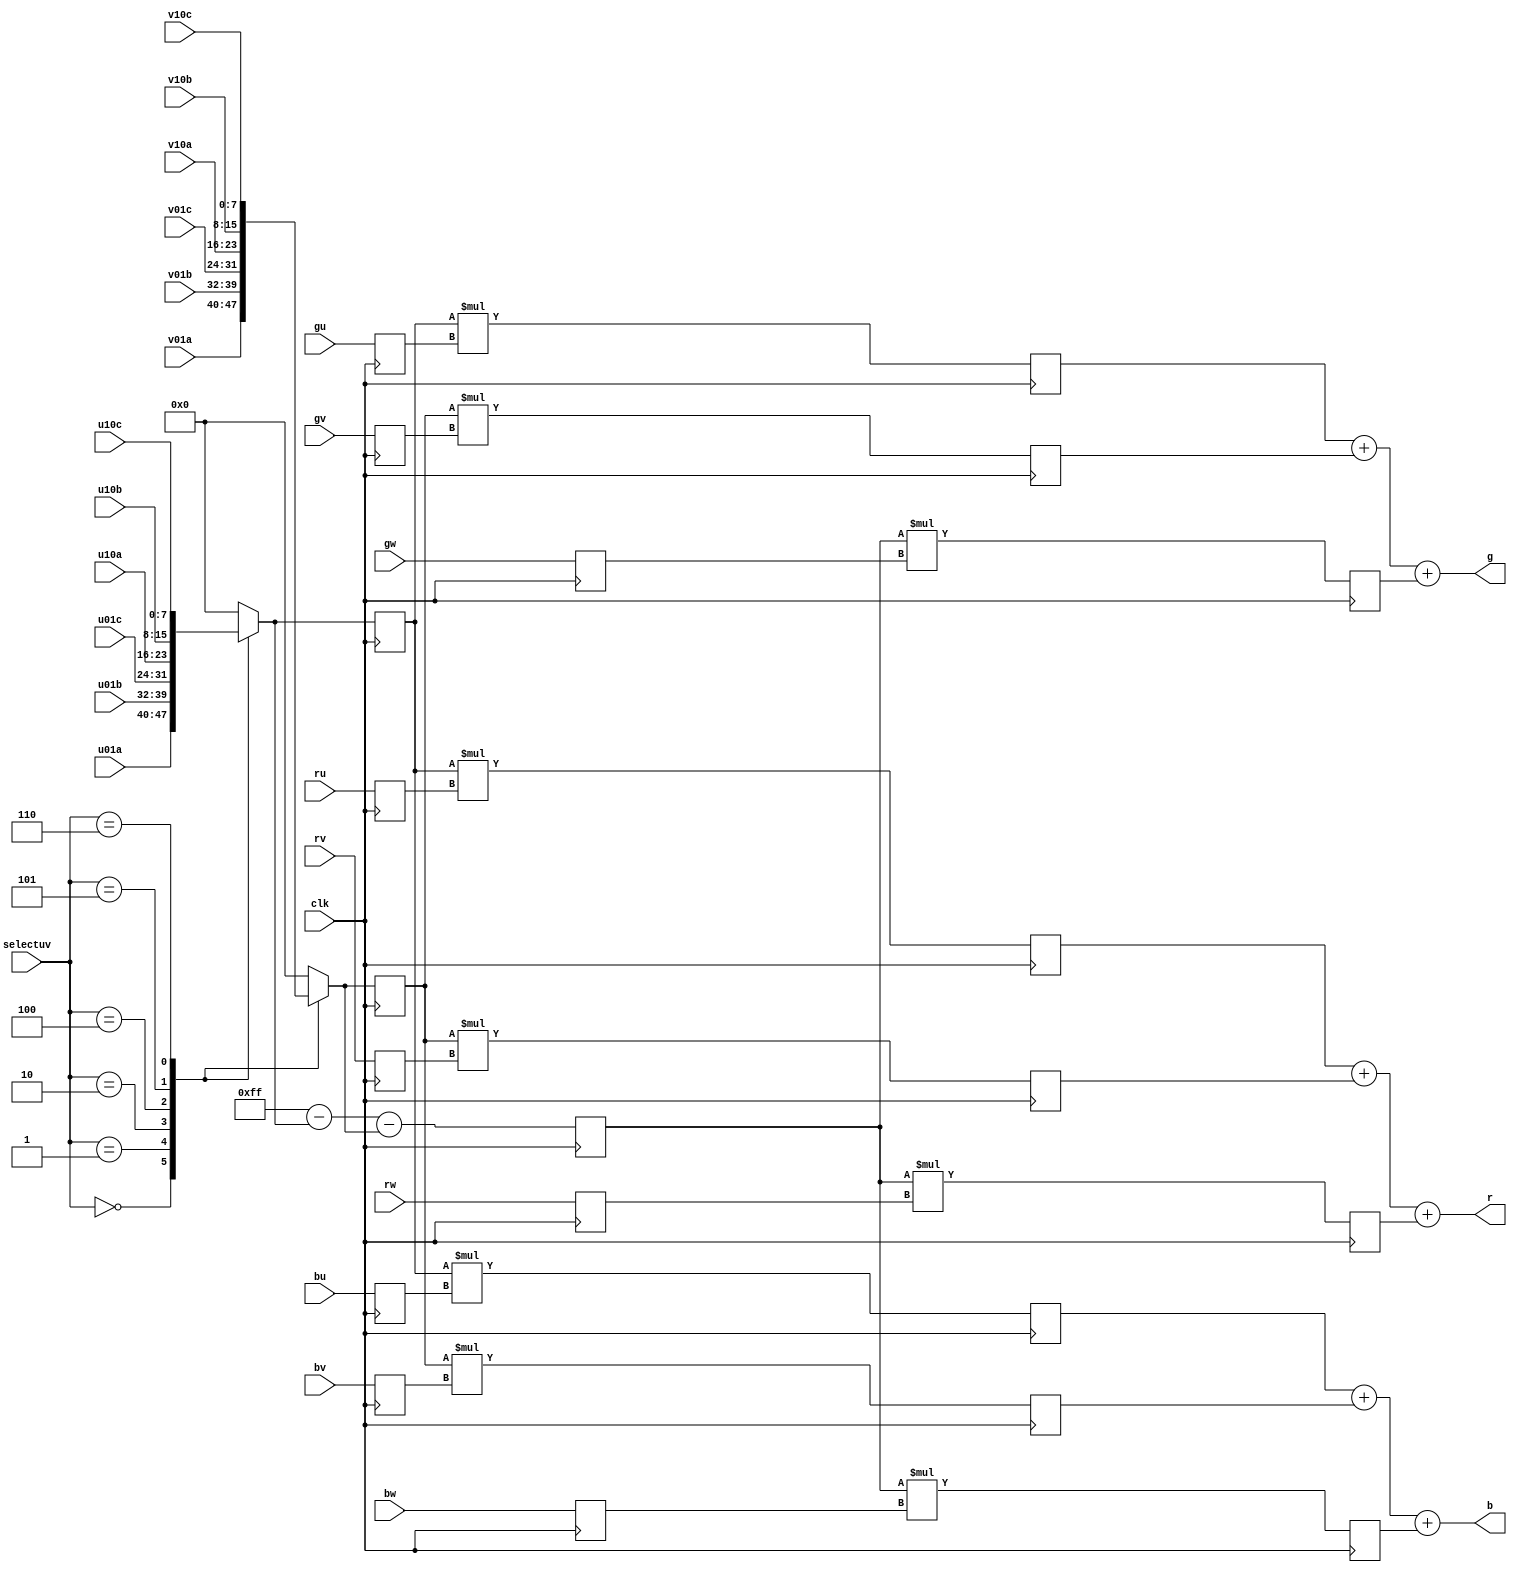
`define SIMULATION_MEMORY

     module bilinearintrp (u01a, u01b, u01c, v01a, v01b, v01c, u10a, u10b, u10c, v10a, v10b, v10c, selectuv, ru, rv, rw, gu, gv, gw, bu, bv, bw, r, g, b, clk);

        input[7:0] u01a; 
        input[7:0] u01b; 
        input[7:0] u01c; 
        input[7:0] v01a; 
        input[7:0] v01b; 
        input[7:0] v01c; 
        input[7:0] u10a; 
        input[7:0] u10b; 
        input[7:0] u10c; 
        input[7:0] v10a; 
        input[7:0] v10b; 
        input[7:0] v10c; 
        input[2:0] selectuv; 
        input[6:0] ru; 
        input[6:0] rv; 
        input[6:0] rw; 
        input[6:0] gu; 
        input[6:0] gv; 
        input[6:0] gw; 
        input[6:0] bu; 
        input[6:0] bv; 
        input[6:0] bw; 
        output[6:0] r; 
        wire[6:0] r;
        output[6:0] g; 
        wire[6:0] g;
        output[6:0] b; 
        wire[6:0] b;
        input clk; 

        reg[7:0] u; 
        reg[7:0] v; 
        reg[7:0] ul; 
        reg[7:0] vl; 
        reg[7:0] wl; 
        reg[14:0] i1b; 
        reg[14:0] i2b; 
        reg[14:0] i3b; 
        reg[14:0] i1g; 
        reg[14:0] i2g; 
        reg[14:0] i3g; 
        reg[14:0] i1r; 
        reg[14:0] i2r; 
        reg[14:0] i3r; 
        reg[6:0] rul; 
        reg[6:0] rvl; 
        reg[6:0] rwl; 
        reg[6:0] gul; 
        reg[6:0] gvl; 
        reg[6:0] gwl; 
        reg[6:0] bul; 
        reg[6:0] bvl; 
        reg[6:0] bwl; 

        always @(selectuv or u01a or u01b or u01c or v01a or v01b or v01c or u10a or 
                 u10b or u10c or v10a or v10b or v10c)
        begin
           case (selectuv)
              3'b000 :
                       begin
                          u = u01a ; 
                          v = v01a ; 
                       end
              3'b001 :
                       begin
                          u = u01b ; 
						 v = v01b ; 
                       end
              3'b010 :
                       begin
                          u = u01c ; 
                          v = v01c ; 
                       end
              3'b100 :
                       begin
                          u = u10a ; 
                          v = v10a ; 
                       end
              3'b101 :
                       begin
                          u = u10b ; 
                          v = v10b ; 
                       end
              3'b110 :
                       begin
                          u = u10c ; 
                          v = v10c ; 
                       end
              default :
                       begin
                          u = 0;
                          v = 0;
                       end
           endcase 
        end 

        always @(posedge clk)
        begin
           wl <= 8'b11111111 - u - v ; 
           ul <= u ; 
           vl <= v ; 
           rul <= ru ; 
           rvl <= rv ; 
           rwl <= rw ; 
           gul <= gu ; 
           gvl <= gv ; 
           gwl <= gw ; 
           bul <= bu ; 
           bvl <= bv ; 
           bwl <= bw ; 
           i1r <= ul * rul ; 
           i2r <= vl * rvl ; 
           i3r <= wl * rwl ; 
           i1g <= ul * gul ; 
           i2g <= vl * gvl ; 
           i3g <= wl * gwl ; 
           i1b <= ul * bul ; 
           i2b <= vl * bvl ; 
           i3b <= wl * bwl ;  
        end 
        assign r = (i1r + i2r + i3r) ;
        assign g = (i1g + i2g + i3g) ;
        assign b = (i1b + i2b + i3b) ;
     endmodule